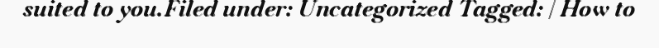
suited to you.Filed under: Uncategorized Tagged: | How to